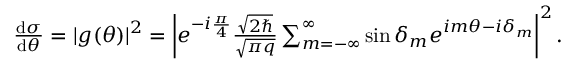
\begin{array} { r } { \frac { \mathrm { d } \sigma } { \mathrm { d } \theta } = | g ( \theta ) | ^ { 2 } = \left| e ^ { - i \frac { \pi } { 4 } } \frac { \sqrt { 2 \hbar } } { \sqrt { \pi q } } \sum _ { m = - \infty } ^ { \infty } \sin { \delta _ { m } } e ^ { i m \theta - i \delta _ { m } } \right| ^ { 2 } . } \end{array}